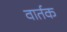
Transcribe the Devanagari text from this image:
वार्तक